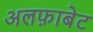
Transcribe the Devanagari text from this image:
अलफ़ाबेट